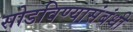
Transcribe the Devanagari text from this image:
सोडविण्यासंबंधी